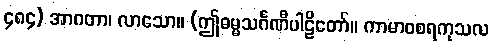
၄၈၄) အာဂတာ၊ လာသော။ (ဤဓမ္မသင်္ဂဏီပါဠိတော်။ ကာမာဝစရကုသလ